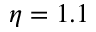
\eta = 1 . 1